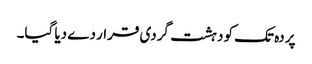
پردہ تک کو دہشت گردی قرار دے دیا گیا۔